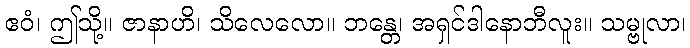
ဧဝံ၊ ဤသို့။ ဇာနာဟိ၊ သိလေလော။ ဘန္တေ၊ အရှင်ဒါနောဘီလူး။ သမ္ဗုလာ၊